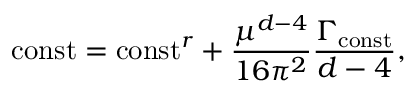
{ \mathrm { c o n s t } } = { \mathrm { c o n s t } } ^ { r } + \frac { \mu ^ { d - 4 } } { 1 6 \pi ^ { 2 } } \frac { \Gamma _ { \mathrm { c o n s t } } } { d - 4 } ,